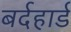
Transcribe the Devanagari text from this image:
बर्दहार्ड